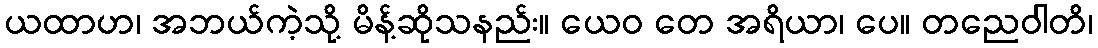
ယထာဟ၊ အဘယ်ကဲ့သို့ မိန့်ဆိုသနည်း။ ယေဝ တေ အရိယာ၊ ပေ။ တညေဝါတိ၊